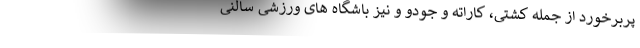
پربرخورد از جمله کشتی، کاراته و جودو و نیز باشگاه های ورزشی سالنی